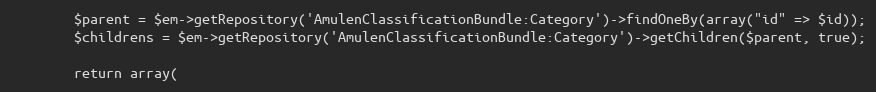
Language: PHP
        $parent = $em->getRepository('AmulenClassificationBundle:Category')->findOneBy(array("id" => $id));
        $childrens = $em->getRepository('AmulenClassificationBundle:Category')->getChildren($parent, true);

        return array(